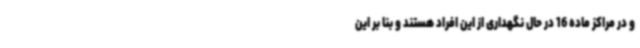
و در مراکز ماده 16 در حال نگهداری از این افراد هستند و بنا بر این